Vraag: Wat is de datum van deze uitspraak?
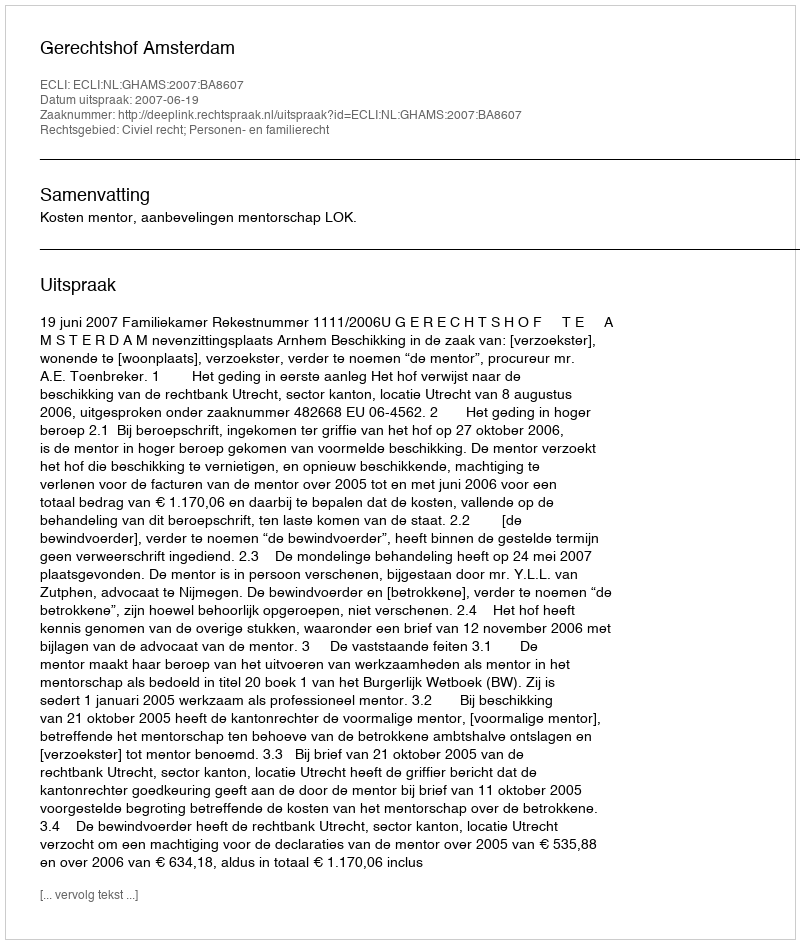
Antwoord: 2007-06-19